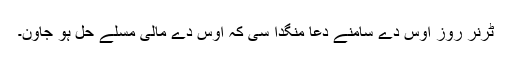
ٹرنر روز اوس دے سامنے دعا منگدا سی کہ اوس دے مالی مسٔلے حل ہو جاون۔